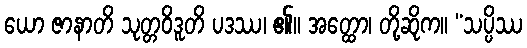
ယော ဇာနာတိ သုတ္တဝိဒူတိ ပဒဿ၊ ၏။ အတ္ထော၊ တို့ဆိုက။ “သပ္ပိဿ